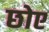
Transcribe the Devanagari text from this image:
छोए